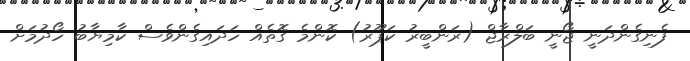
ފެނިގެންދަނީ ޖޯނީ ބަލްރާޖް (ރަންބީރު ކަޕޫރު) ކޮންމެ ގޮތެއް ހަދައިގެންވެސް ކާމިޔާބު ހޯދުމަށް